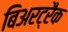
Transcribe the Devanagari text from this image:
बिअरट्रैक